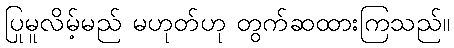
ပြုမူလိမ့်မည် မဟုတ်ဟု တွက်ဆထားကြသည်။